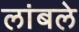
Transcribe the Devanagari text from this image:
लांबले